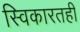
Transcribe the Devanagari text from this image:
स्विकारतही